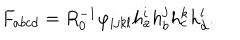
F _ { a b c d } = R _ { 0 } ^ { - 1 } \varphi _ { i j k l } h _ { a } ^ { i } h _ { b } ^ { j } h _ { c } ^ { k } h _ { d } ^ { l } .